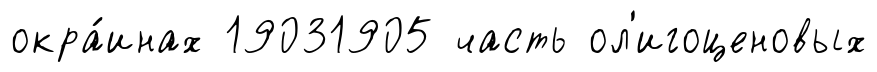
окра́инах 19031905 часть ол'игоценовых